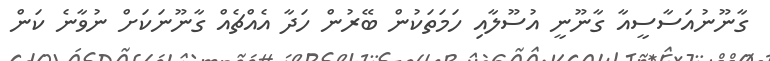
ގާނޫނުއަސާސީއާ ގާނޫނީ އުސޫލާއި ހަމަތަކުން ބޭރުން ހަދާ އެއްޗެއް ގާނޫނަކަށް ނުވާނެ ކަން